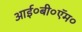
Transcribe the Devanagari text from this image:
आई०बी०ऍम०